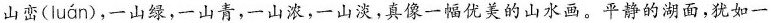
山峦( luán )，一山绿，-山青，一山浓，一山淡，真像一幅优美的山水画。平静的湖面，犹如一